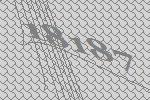
18187